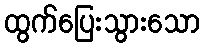
ထွက်ပြေးသွားသော